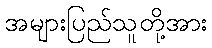
အများပြည်သူတို့အား